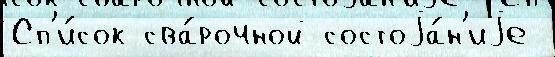
Сп'и́сок сва́рочной состоjа́н'иjе